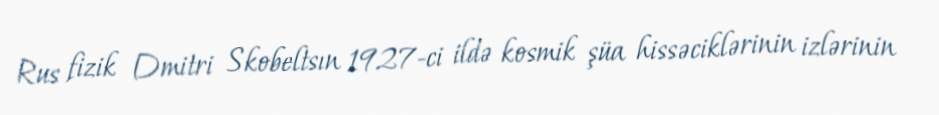
Rus fizik Dmitri Skobeltsın 1927-ci ildə kosmik şüa hissəciklərinin izlərinin